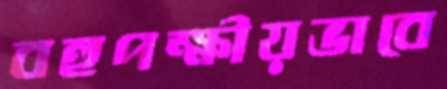
বহুপক্ষীয়ভাবে